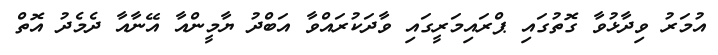
އުމަރު ވިދާޅުވާ ގޮތުގައި ޕްރައިމަރީގައި ވާދަކުރައްވާ އަބްދު ޔާމީންއާ އޭނާއާ ދެމެދު އޮތް